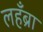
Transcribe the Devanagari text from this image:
लहँब्रा